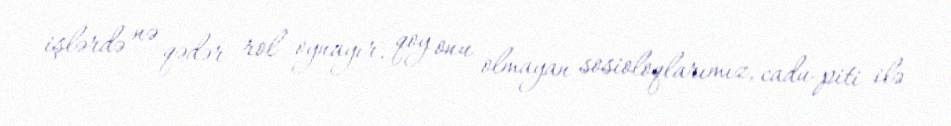
işlərdə nə qədər rol oynayır, qoy onu olmayan sosioloqlarımız, cadu-piti ilə